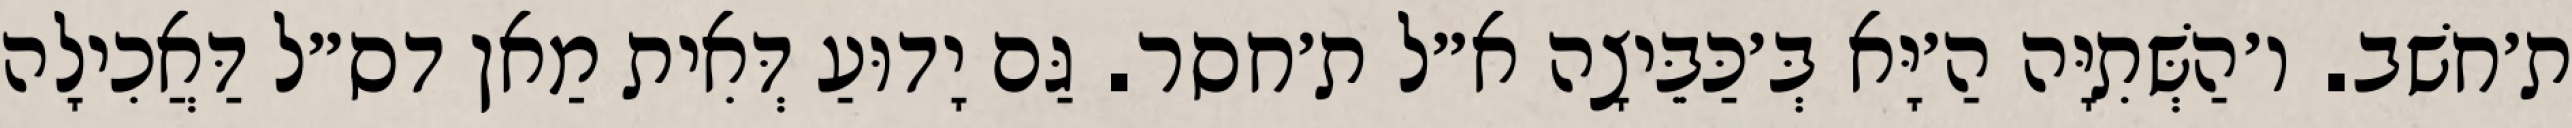
ת׳חשׁב. ו׳הַשְּׁתִיָּה הַ׳יָּא בְּ׳כַּבֵּיצָה א״ל ת׳חסר. גַּם יָדוּעַ דְּאִית מַאן דס״ל דַּאֲכִילָה